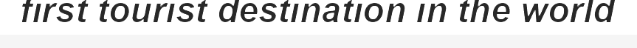
first tourist destination in the world